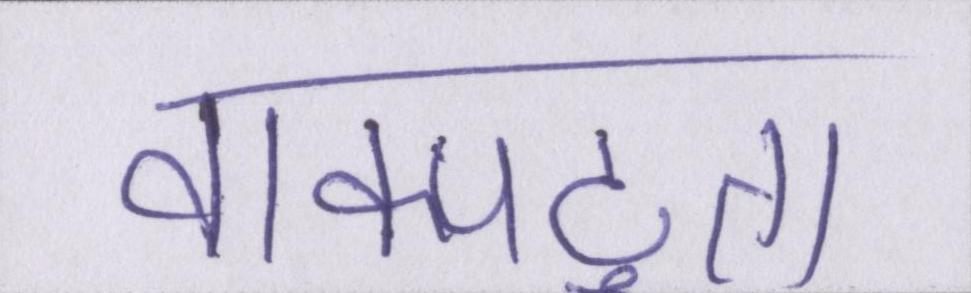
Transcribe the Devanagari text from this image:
वाक्पटुता